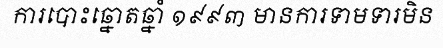
ការបោះឆ្នោតឆ្នាំ ១៩៩៣ មានការទាមទារមិន